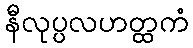
နီလုပ္ပလဟတ္ထကံ